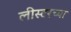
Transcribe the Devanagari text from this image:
लीस्टरच्या